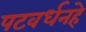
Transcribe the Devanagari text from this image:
पटवर्धनहे